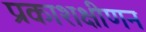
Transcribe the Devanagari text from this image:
प्रकाशक्षीणन